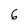
Character: 6